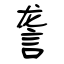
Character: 詟